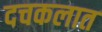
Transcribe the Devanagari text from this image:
दचकलात